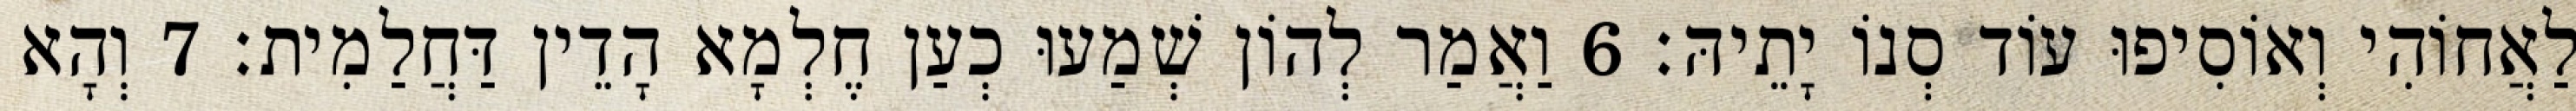
לַאֲחוֹהִי וְאוֹסִיפוּ עוֹד סְנוֹ יָתֵיהּ׃ 6 וַאֲמַר לְהוֹן שְׁמַעוּ כְעַן חֶלְמָא הָדֵין דַּחֲלַמִית׃ 7 וְהָא